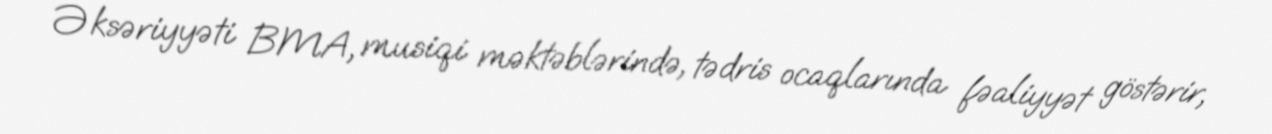
Əksəriyyəti BMA, musiqi məktəblərində, tədris ocaqlarında fəaliyyət göstərir,